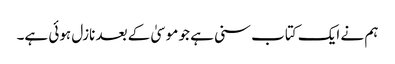
ہم نے ایک کتاب سنی ہے جو موسیٰ کے بعد نازل ہوئی ہے۔